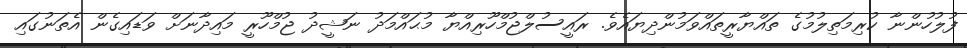
ފުލުހުންނާ ކުރިމަތިލުމުގެ ތައްޔާރީތައްވަމުންދިޔައެވެ. ރައީސުލްޖުމްހޫރިއްޔާ މުޙައްމަދު ނަޝީދު ޖުމްހޫރީ މައިދާނަށް ވަޑައިގެން އެތަނުގައި